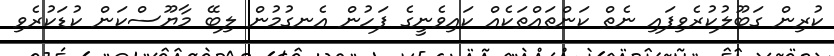
ކުރިން ގަބޫލުކުރެވިފައި ނެތް ކަންތައްތަކެއް ކައިވެނީގެ ފަހުން އެނގުމުން ލިބޭ މާޔޫސްކަން ކުޑަކުރެވި